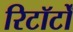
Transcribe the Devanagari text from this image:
रिटॉर्टों